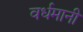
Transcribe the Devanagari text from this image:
वर्धमानी